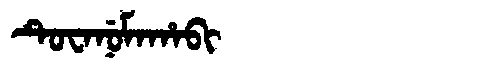
Manchu: ᡨᡠᠸᠠᠨᡠᠮᠠᡥᠠᠪᡳ
Romanization: TUWANUMAHABI